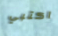
اكتبي